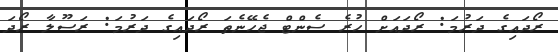
ރޯދައިގެ ދަރުމަ: ރޯދައަށް ހުރެ ސެންޓް ޖެހޭނެތަ ރޯދައިގެ ދަރުމަ: ރަސޫލާ ރޯދަ